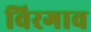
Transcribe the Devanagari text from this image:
विरगाव